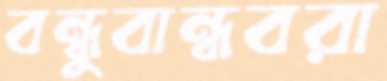
বন্ধুবান্ধবরা